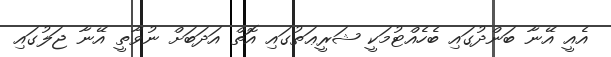
އެއީ އޭނާ ބަންދުގައި ބެހެއްޓުމަކީ ޝަރީޢަތުގައި އޮތް އަދަބަށް ނުވާތީ އޭނާ ޖަލުގައި